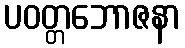
ပဝတ္တဘောဇနာ